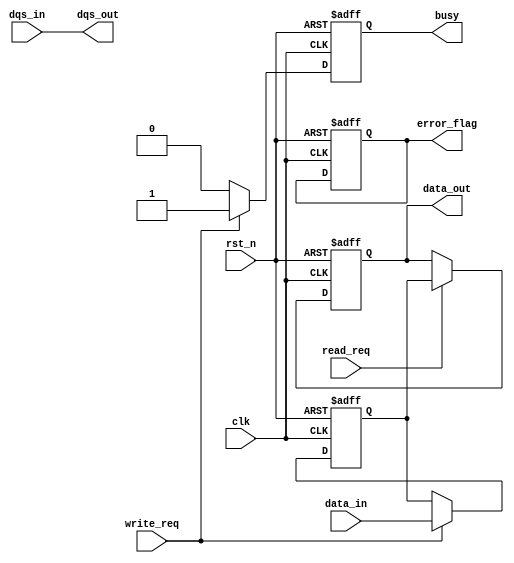
module gddr_io_block #(
    parameter DATA_WIDTH = 32, // Configurable data bus width (16, 32, 64)
    parameter ADDR_WIDTH = 16,  // Address width for memory access
    parameter USE_ECC = 1        // Enable/disable ECC
)(
    input wire clk,              // System clock
    input wire rst_n,            // Active low reset
    input wire [DATA_WIDTH-1:0] data_in, // Data input from internal bus
    input wire dqs_in,           // Data Strobe input
    output wire [DATA_WIDTH-1:0] data_out, // Data output to internal bus
    output wire dqs_out,         // Data Strobe output
    input wire read_req,         // Read request signal
    input wire write_req,        // Write request signal
    output wire busy,            // Busy signal
    output wire error_flag       // Error flag for ECC or other issues
);

// Internal signals
reg [DATA_WIDTH-1:0] tx_data;
reg [DATA_WIDTH-1:0] rx_data;
reg busy_reg;
reg error_reg;

// Transmitter (TX)
always @(posedge clk or negedge rst_n) begin
    if (!rst_n) begin
        tx_data <= 0;
        busy_reg <= 0;
    end else if (write_req) begin
        tx_data <= data_in; // Capture data for transmission
        busy_reg <= 1;
        // Add encoding logic here (e.g., 8b/10b)
    end else begin
        busy_reg <= 0;
    end
end

// Receiver (RX)
always @(posedge clk or negedge rst_n) begin
    if (!rst_n) begin
        rx_data <= 0;
        error_reg <= 0;
    end else if (read_req) begin
        // Capture incoming data (assuming dqs_in is synchronized)
        rx_data <= tx_data; // For simplicity, assume direct feedback
        // Add ECC checking logic here if USE_ECC is enabled
    end
end

// Output assignments
assign data_out = rx_data;
assign dqs_out = dqs_in; // For simplicity, direct connection
assign busy = busy_reg;
assign error_flag = error_reg;

// Clock Management (PLL or CDR would typically be instantiated here)
// For simplicity, this is omitted in this example

endmodule